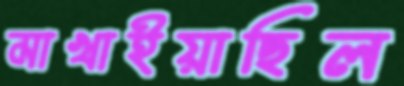
মাখাইয়াছিল